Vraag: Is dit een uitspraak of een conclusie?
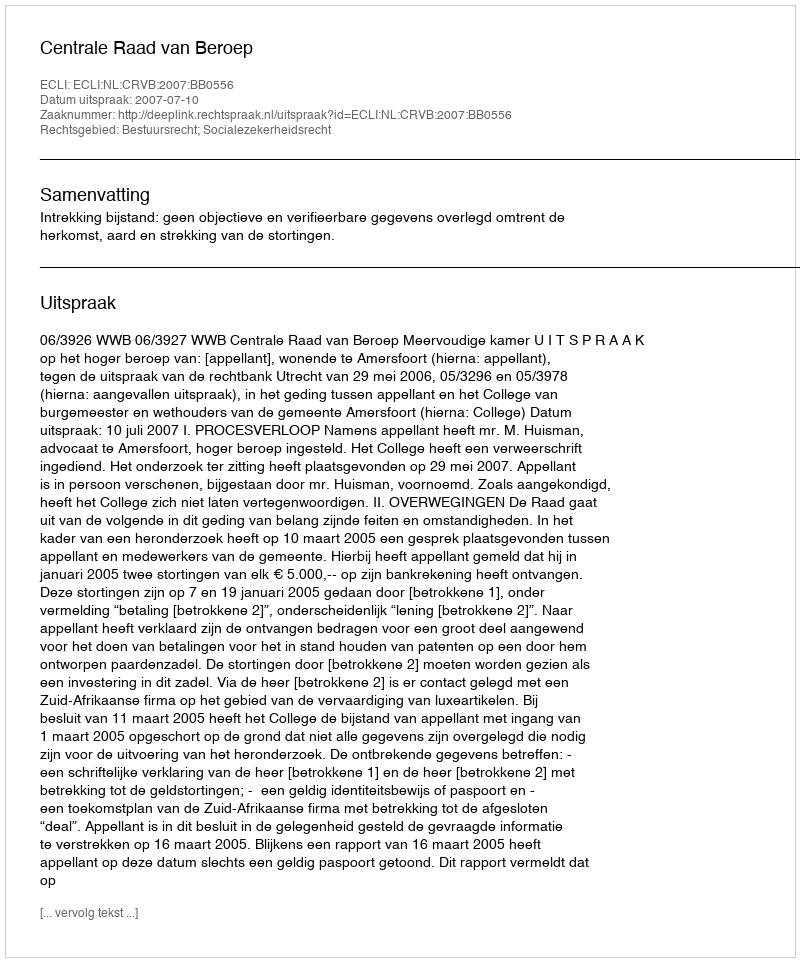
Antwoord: Uitspraak